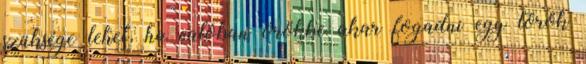
szüksége lehet, ha valóban örökbe akar fogadni egy török